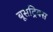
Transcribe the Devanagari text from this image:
बूसट्रिक्स